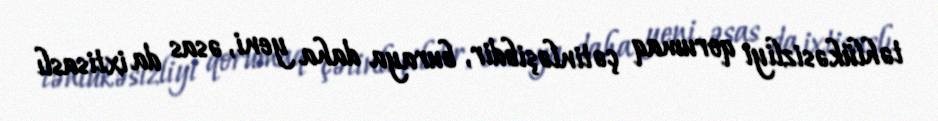
təhlükəsizliyi qorumaq çətinləşibdir, buraya daha yeni, əsas da ixtisaslı